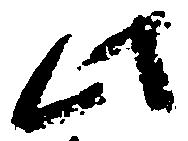
此